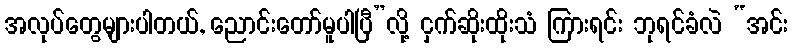
အလုပ်တွေများပါတယ်, ညောင်းတော်မူပါပြီ”လို့ ငှက်ဆိုးထိုးသံ ကြားရင်း ဘုရင်ခံလဲ “အင်း